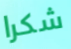
شكرا